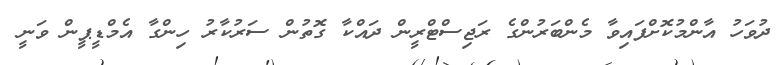
ދުވަހު އާންމުކޮށްފައިވާ މެންބަރުންގެ ރަޖިސްޓްރީން ދައްކާ ގޮތުން ސަރުކާރު ހިންގާ އެމްޑީޕީން ވަނީ